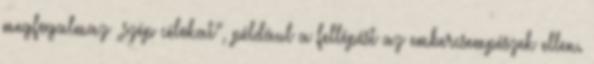
megfogalmaz „szép célokat”, például a fellépést az embercsempészek ellen.